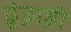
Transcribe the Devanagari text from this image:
ढ़ूंढ़ाड़ी